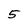
Character: 5